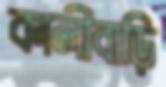
কালীবাড়ি